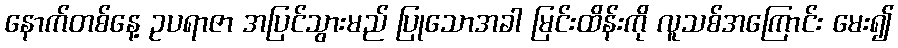
နောက်တစ်နေ့ ဥပရာဇာ အပြင်သွားမည် ပြုသောအခါ မြင်းထိန်းကို လူသစ်အကြောင်း မေး၍